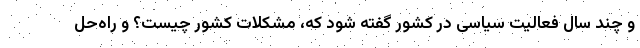
و چند سال فعالیت سیاسی در کشور گفته شود که، مشکلات کشور چیست؟ و راه‌حل